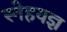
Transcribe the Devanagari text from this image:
स्नेहयज्ञ